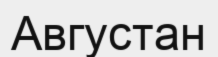
Августан